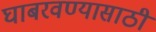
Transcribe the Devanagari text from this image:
घाबरवण्यासाठी